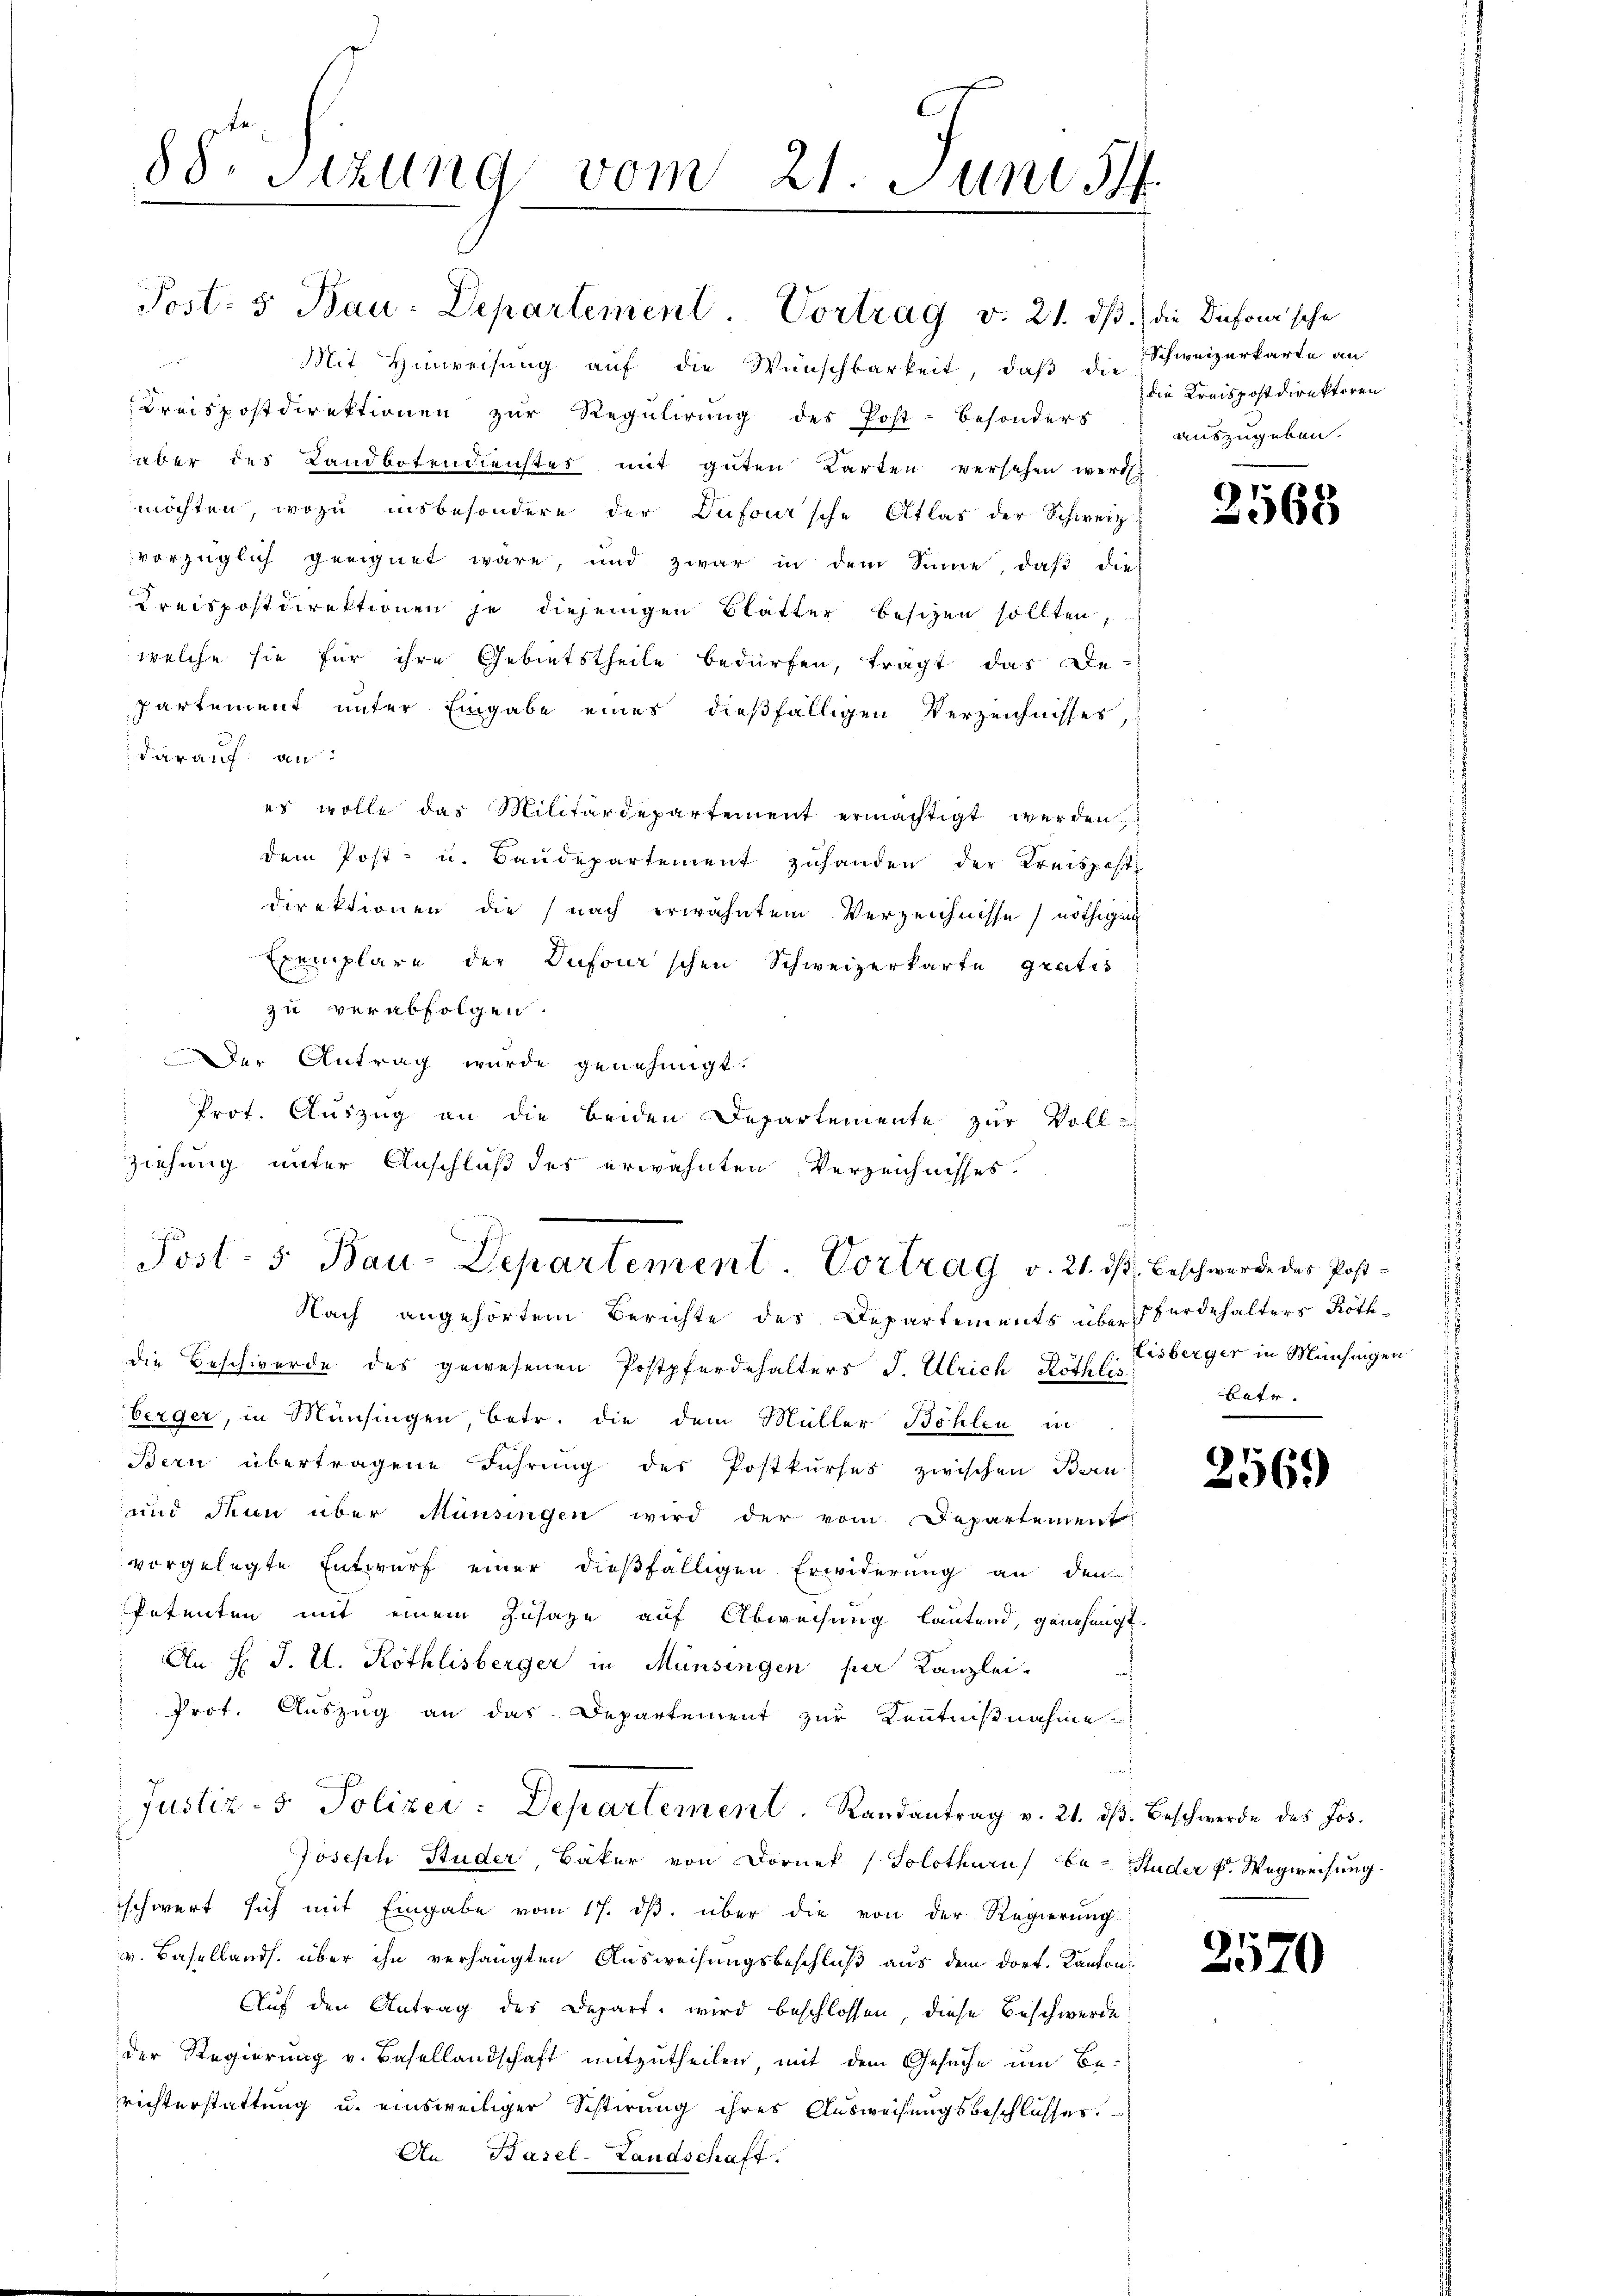
88. Sitzung vom 21. Juni 1

Mit Hinweisung auf die Wünschbarkeit, daß die
Kreispostdirektionen zur Regulirung des Post- besonders
aber des Landbotendienstes mit guten Karten versehen werden
möchten, wozu insbesondere der Dufour'sche Atlas der Schweiz.
vorzüglich geeignet wäre, und zwar in dem Sinne, daß dies
Kreispostdirektionen je diejenigen Blätter besizen sollten,
welche sie für ihre Gebietstheile bedürfen, tragt das De-
partement unter Eingabe eines dießfälligen Verzeichnisses,
darauf an:
es wolle das Militärdepartement ermächtigt werden
dem Post- u. Baudepartement zuhanden der Kreispost
direktionen die (nach erwähntem Verzeichnisse nöthigen
Exemplare der Dufour'schen Schweizerkarte gratis
zu verabfolgen.
Der Antrag wurde genehmigt.
Prot. Auszug an die beiden Departemente zur Vollziehung unter Anschluß des erwähnten Verzeichnisses.
Post- 5. Bau-Departement. Vortrag v. 21. ds. beschwerde des Post-
Nach angehörtem Berichte des Departements über werdehalters Röthdie Beschwerde des gewesenen Postpferdehalters J. Ulrich Röthlis
berger, in Münsingen, betr. die dem Müller Bohlen in
Bern übertragene Führŭng des Postkŭrses zwischen Ban
und denn über Münsingen wird der vom Departement
vorgelegte Entwurf einer dießfälligen Erwiderung an den
Petenten mit einem Zusage auf Abweisung lautend, genehmigt.
An H. J. U. Röthlisberger in Münsingen per Kanzlei-
Prof. Auszug an das Departement zur Kenntnißnahme
Justiz- & Polizer-Departement. Randantrag v. 21. dβ. Beschwerde des Jos.
Joseph Studer, Bäker von Dornek (Solothurn be- Studer F. Wegweisŭng.
schwert sich mit Eingabe vom 17. dβ. über die von der Regierung
v. Basellands. über ihn verhängten Ausweisungsbeschluß aus dem dort. Kanton
Auf den Antrag des Depart wird beschlossen, diese Beschwerde
der Regierung v. Basellandschaft mitzutheilen, mit dem Gesuche um Be-
richterstattung u. einsweiliger Schlierung ihres Ausweisungsbeschlusses.
An Basel-Landschaft.

Post- 5 Bau-Departement. Vortrag v. 21. dβ. die Dufonische

Schweizerkarte an
die Kreispostdirektoren
auszugeben.

2568

Eisberger in Münchingen
katr.

2569)

2120